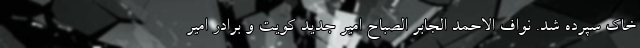
خاک سپرده شد. نواف الاحمد الجابر الصباح امیر جدید کویت و برادر امیر